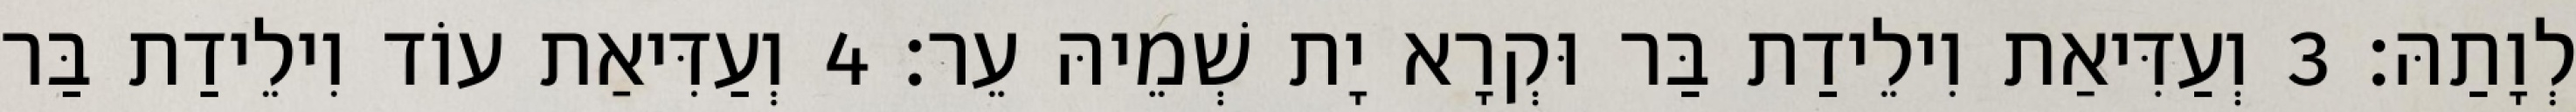
לְוָתַהּ׃ 3 וְעַדִּיאַת וִילֵידַת בַּר וּקְרָא יָת שְׁמֵיהּ עֵר׃ 4 וְעַדִּיאַת עוֹד וִילֵידַת בַּר